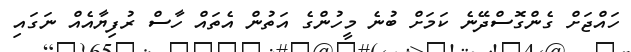
ހައްޖަށް ގެންގޮސްދޭނެ ކަމަށް ބުނެ މީހުންގެ އަތުން އެތައް ހާސް ރުފިޔާއެއް ނަގައި